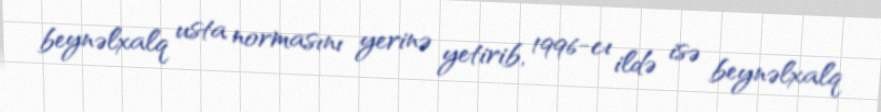
beynəlxalq usta normasını yerinə yetirib, 1996-cı ildə isə beynəlxalq